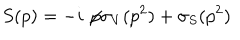
S ( p ) = - i \not \! p \sigma _ { V } ( p ^ { 2 } ) + \sigma _ { S } ( p ^ { 2 } )